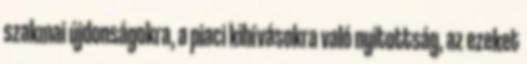
szakmai újdonságokra, a piaci kihívásokra való nyitottság, az ezeket